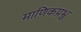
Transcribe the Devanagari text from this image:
माणिकप्रभ्रु